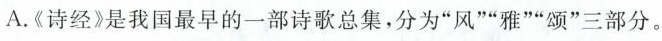
A.《诗经》是我国最早的一部诗歌总集，分为”风””雅””颂”三部分。